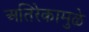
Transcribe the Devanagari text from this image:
अतिरेकामुळे